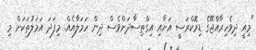
"މިއީ ދިވެހިރާއްޖޭގެ ޑިމޮކްރަސީ އަށާއި އިގްތިސާދަށްވެސް ދިން ހަމަލާއެއް. މިފަދަ އަމަލުތަކަށް މި